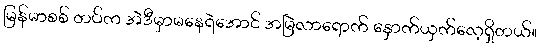
မြန်မာစစ် တပ်က အဲဒီမှာမနေရဲအောင် အမြဲလာရောက် နှောက်ယှက်လေ့ရှိတယ်။